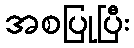
အစပြုပြီး